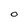
Character: 0